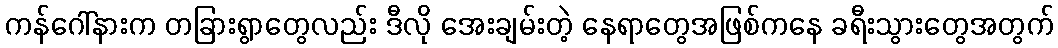
ကန်ဂေါ်နားက တခြားရွာတွေလည်း ဒီလို အေးချမ်းတဲ့ နေရာတွေအဖြစ်ကနေ ခရီးသွားတွေအတွက်